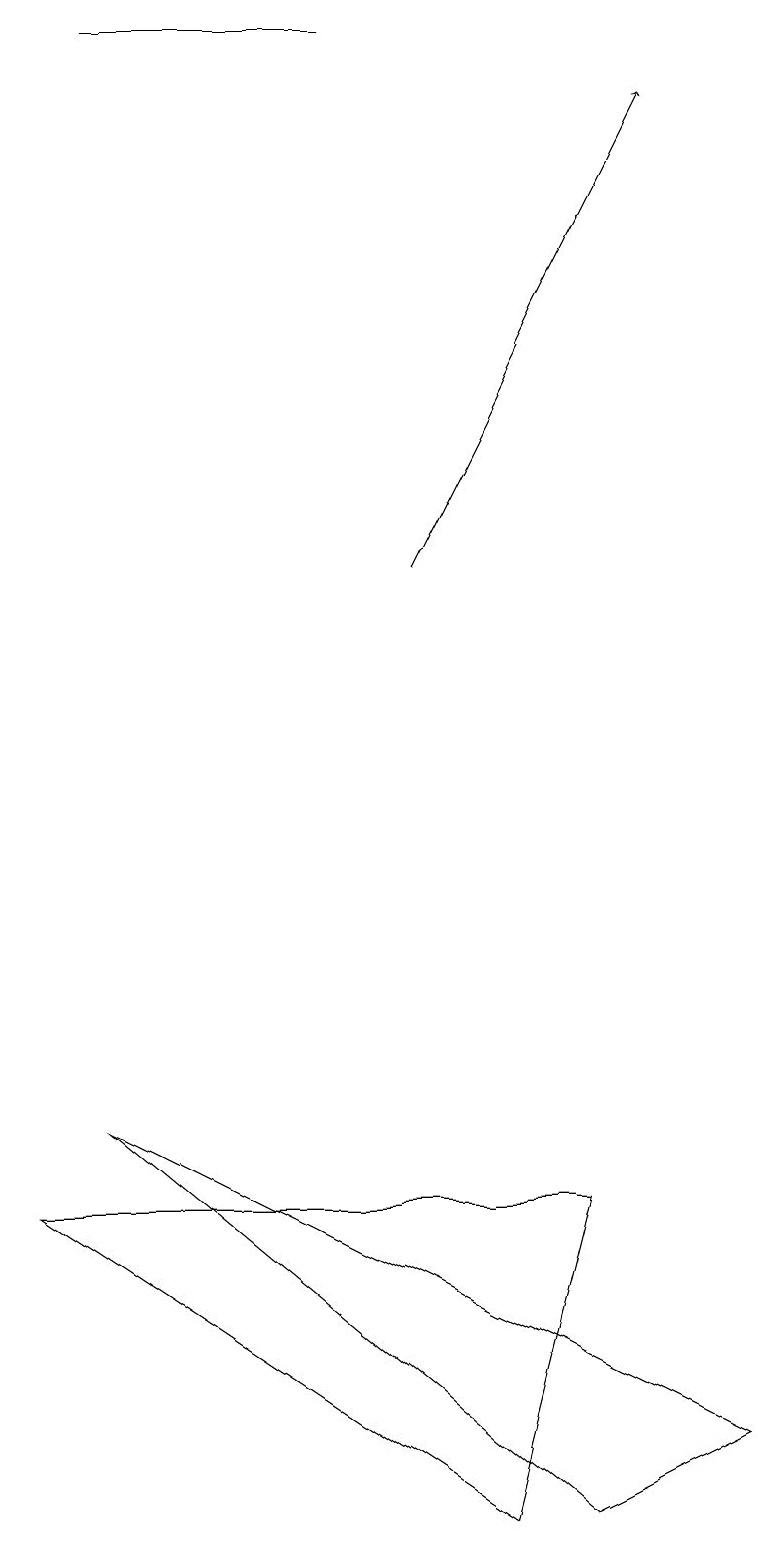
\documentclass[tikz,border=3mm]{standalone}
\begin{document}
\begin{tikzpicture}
\draw (7,0) -- (9,1) -- (1,5) -- cycle;
\draw (6,0) -- (0,4) -- (7,4) -- cycle;
\draw (4,19) rectangle (1,19);
\draw[->] (5,12) -- (8,18);
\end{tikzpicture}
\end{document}